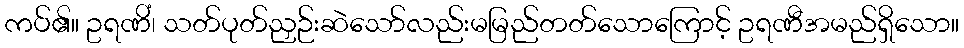
ကပ်၏။ ဥရဏိံ၊ သတ်ပုတ်ညှဉ်းဆဲသော်လည်းမမြည်တတ်သောကြောင့် ဥရဏီအမည်ရှိသော။